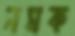
নমক